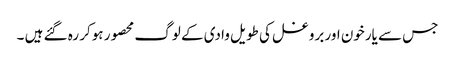
جس سے یارخون اور بروغل کی طویل وادی کے لوگ محصور ہوکر رہ گئے ہیں ۔